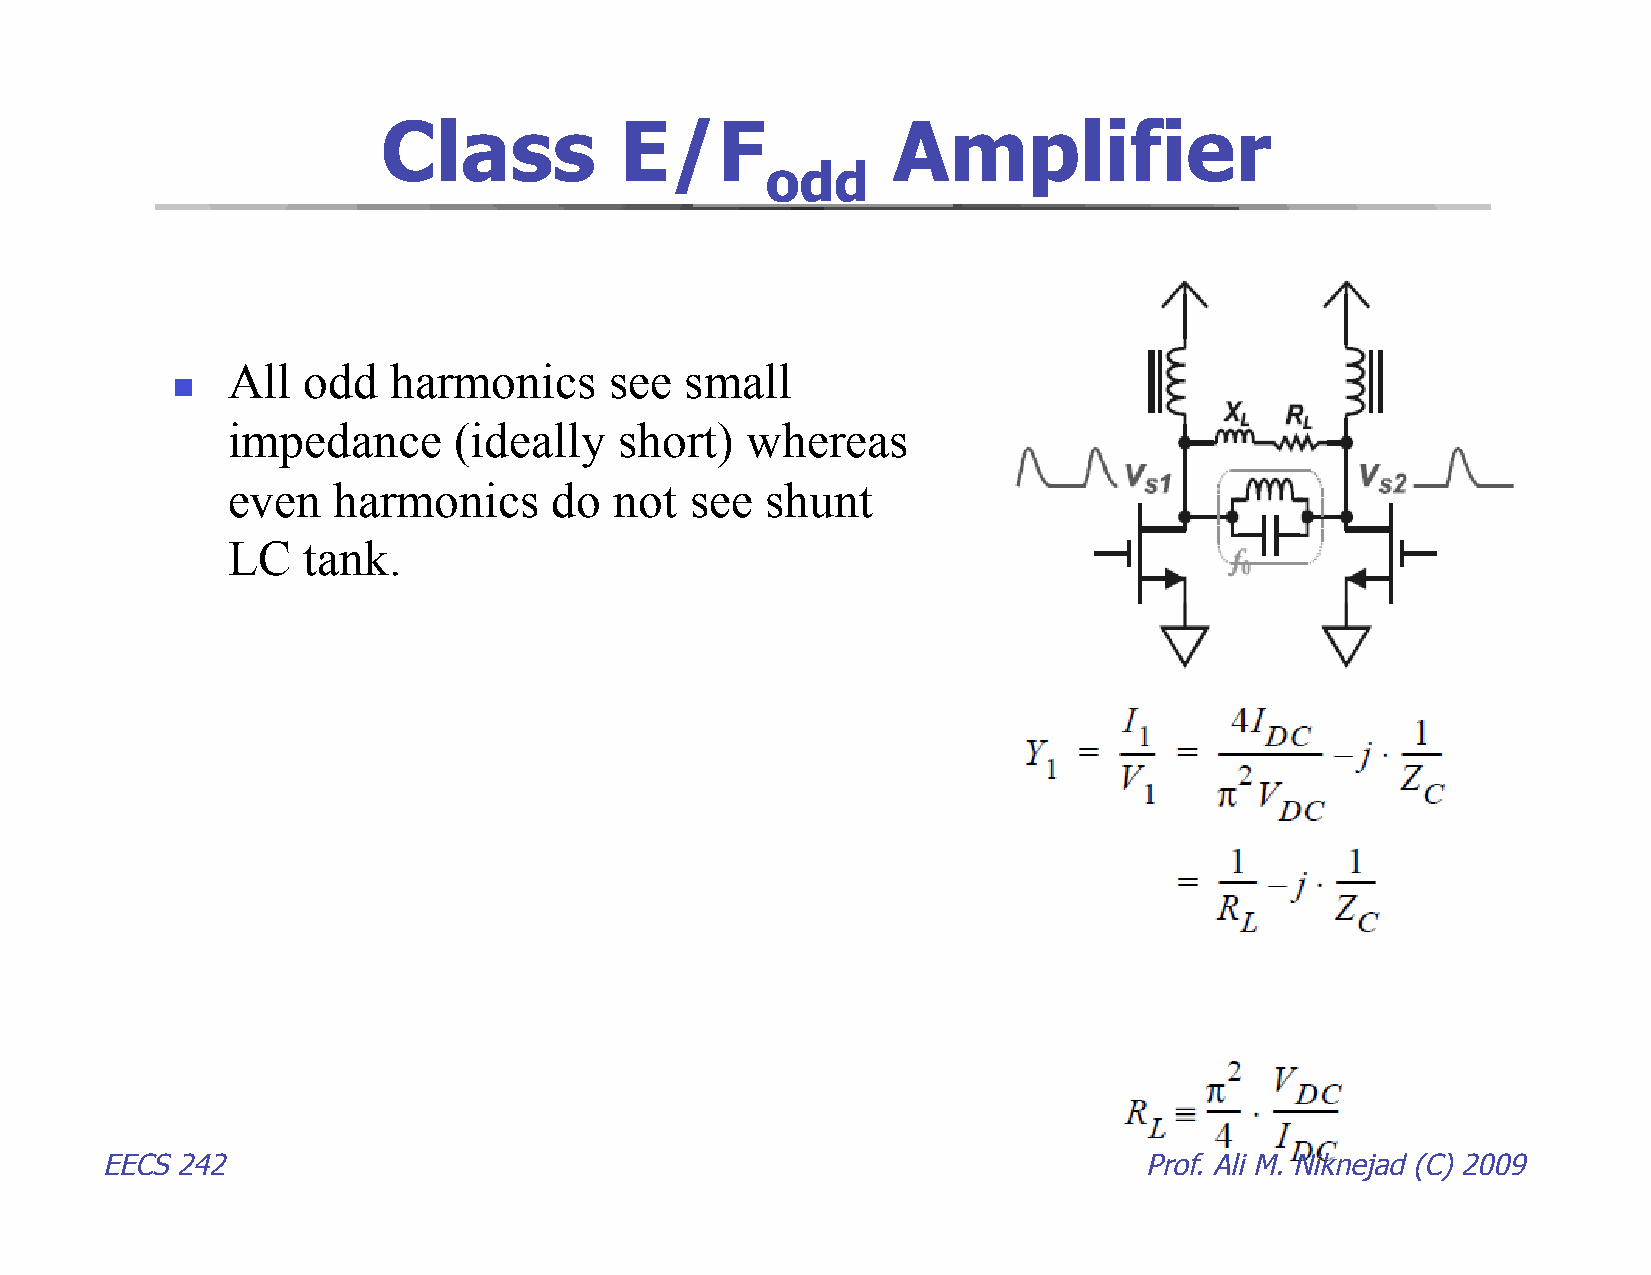
Class           E/F               Amplifier
 odd
 All  odd   harmonics     see  small
 
 impedance      (ideally   short)  whereas
 even   harmonics      do  not  see  shunt
 LC   tank.
 EECS 242                                                             Prof. Ali M. Niknejad (C) 2009